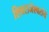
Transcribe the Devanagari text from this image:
शिवराजेश्वरांचे